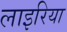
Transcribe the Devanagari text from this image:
लाइरिया